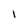
Character: l